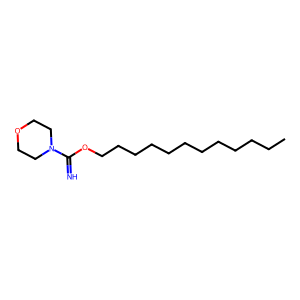
SMILES: CCCCCCCCCCCCOC(=N)N1CCOCC1
Inhibits HIV replication: No